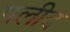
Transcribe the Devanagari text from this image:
पलीद